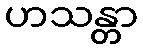
ဟသန္တာ